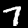
Digit: 7